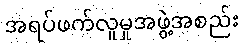
အရပ်ဖက်လူမှုအဖွဲ့အစည်း